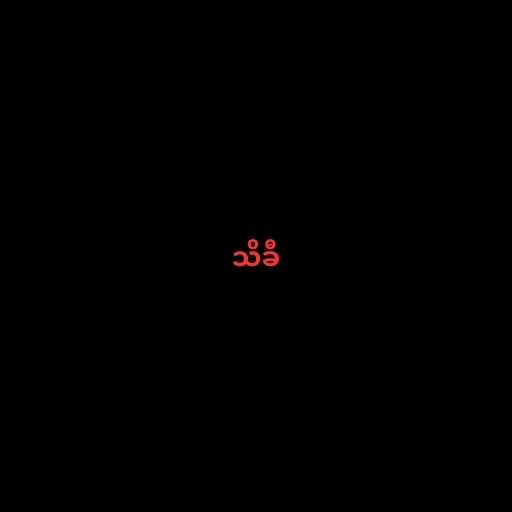
သိခီ